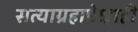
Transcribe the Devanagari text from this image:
सत्याग्रहापेक्षाही